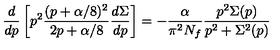
{ \frac { d } { d p } } \left[ p ^ { 2 } \frac { ( p + \alpha / 8 ) ^ { 2 } } { 2 p + \alpha / 8 } \frac { d \Sigma } { d p } \right] = - \frac { \alpha } { \pi ^ { 2 } N _ { f } } \frac { p ^ { 2 } \Sigma ( p ) } { p ^ { 2 } + \Sigma ^ { 2 } ( p ) }